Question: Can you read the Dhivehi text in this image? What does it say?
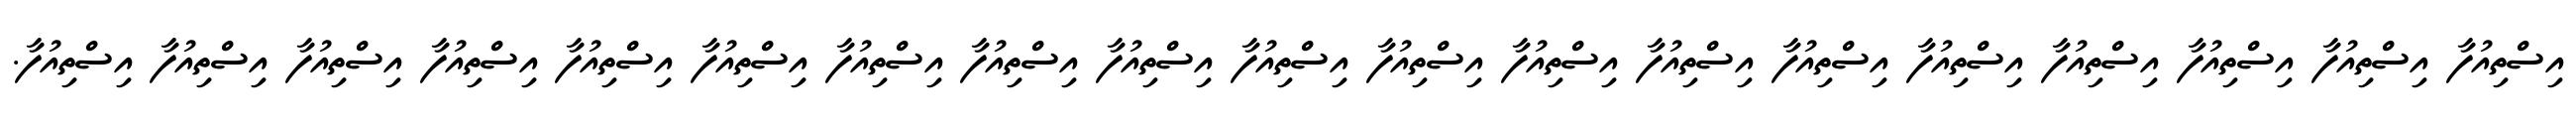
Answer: އިސްތިއުފާ އިސްތިއުފާ އިސްތިއުފާ އިސްތިއުފާ އިސްތިއުފާ އިސްތިއުފާ އިސްތިއުފާ އިސްތިއުފާ އިސްތިއުފާ އިސްތިއުފާ އިސްތިއުފާ އިސްތިއުފާ އިސްތިއުފާ އިސްތިއުފާ އިސްތިއުފާ އިސްތިއުފާ އިސްތިއުފާ އިސްތިއުފާ އިސްތިއުފާ.